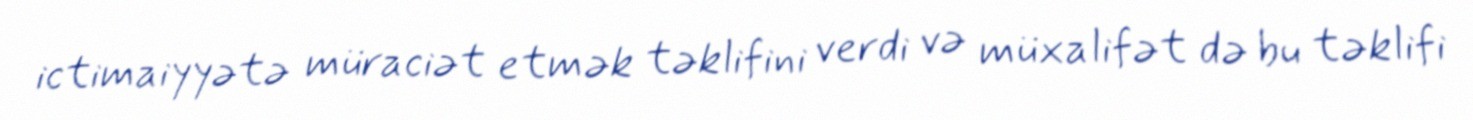
ictimaiyyətə müraciət etmək təklifini verdi və müxalifət də bu təklifi